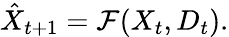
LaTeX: \hat{X}_{t+1}=\mathcal{F}(X_{t},D_{t}).